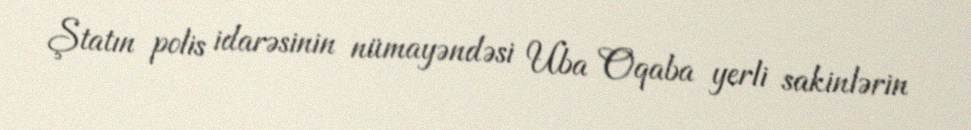
Ştatın polis idarəsinin nümayəndəsi Uba Oqaba yerli sakinlərin